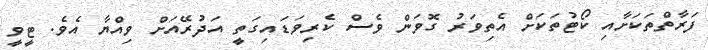
ފަރާތްތަކަށާއި ކޯޓުތަކަށް އެތިވަރު ގޮވަން ވެސް ކެރިވަޑައިގަތީ އަދުރޭއަށް ވިއްޔާ އެވެ. ޓީވީ